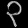
Digit: ၃